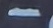
-